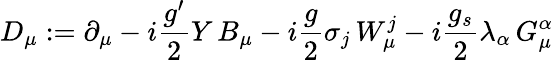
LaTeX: D_{\mu}:=\partial_{\mu}-i{\frac{g^{\prime}}{2}}Y\, B_{\mu}-i{\frac{g}{2}}\sigma_{j}\, W_{\mu}^{j}-i{\frac{g_{s}}{2}}\lambda_{\alpha}\, G_{\mu}^{\alpha}